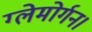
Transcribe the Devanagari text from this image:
ग्लेमोर्गन।